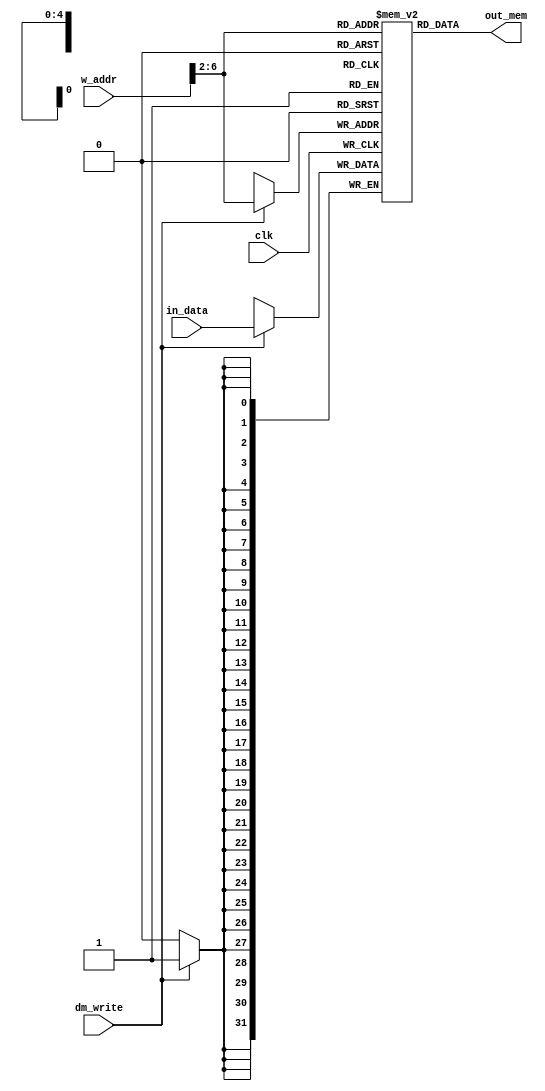
module data_memory (
output [31:0] out_mem,
input [31:0] in_data,
input [31:0] w_addr,
input clk,
input dm_write
);
  

    reg [31:0]  data_reg [0:31];
    // initial $readmemh ("Data_mem.mem",data_reg);
   
always @(posedge clk)
    begin
		if (dm_write)
         data_reg[w_addr>>2] = in_data;
    end


    assign out_mem = data_reg[w_addr>>2];
endmodule